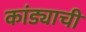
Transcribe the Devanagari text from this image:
कांड्याची